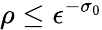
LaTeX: \rho\le\epsilon^{-\sigma_{0}}